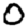
Digit: 0